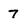
Character: 7